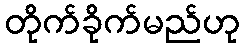
တိုက်ခိုက်မည်ဟု